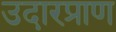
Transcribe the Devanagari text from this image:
उदारप्राण